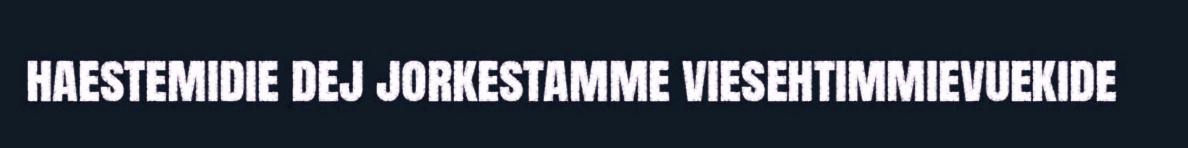
haestemidie dej jorkestamme viesehtimmievuekide